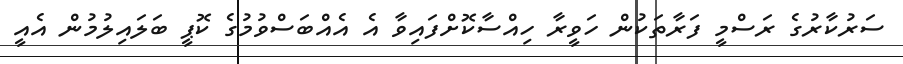
ސަރުކާރުގެ ރަސްމީ ފަރާތަކުން ހަވީރާ ހިއްސާކޮށްފައިވާ އެ އެއްބަސްވުމުގެ ކޮޕީ ބަލައިލުމުން އެއީ